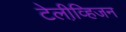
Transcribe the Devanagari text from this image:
टेलीव्हि़जन